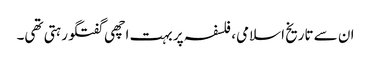
ان سے تاریخ اسلامی، فلسفہ پر بہت اچھی گفتگو رہتی تھی۔